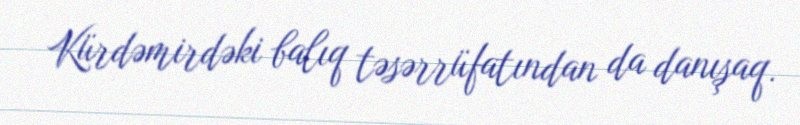
Kürdəmirdəki balıq təsərrüfatından da danışaq.